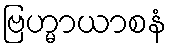
ဗြဟ္မာယာစနံ